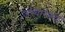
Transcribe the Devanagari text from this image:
अभ्‍यारणय